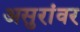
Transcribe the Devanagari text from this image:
असुरांवर